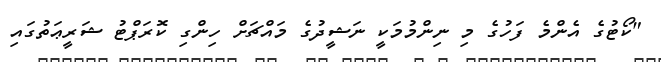
"ކޯޓުގެ އެންމެ ފަހުގެ މި ނިންމުމަކީ ނަޝީދުގެ މައްޗަށް ހިންގި ކޮރަޕްޓު ޝަރީޢަތުގައި